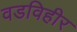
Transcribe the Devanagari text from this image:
वडविहीर